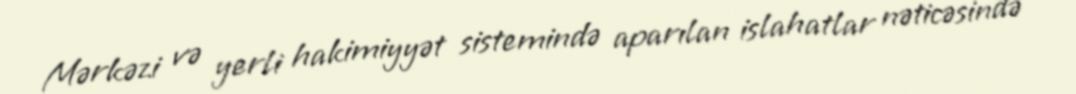
Mərkəzi və yerli hakimiyyət sistemində aparılan islahatlar nəticəsində